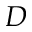
D